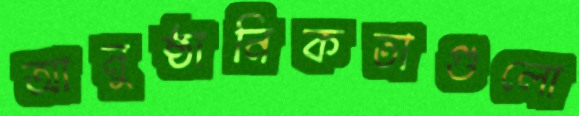
আনুষ্ঠানিকতাগুলো